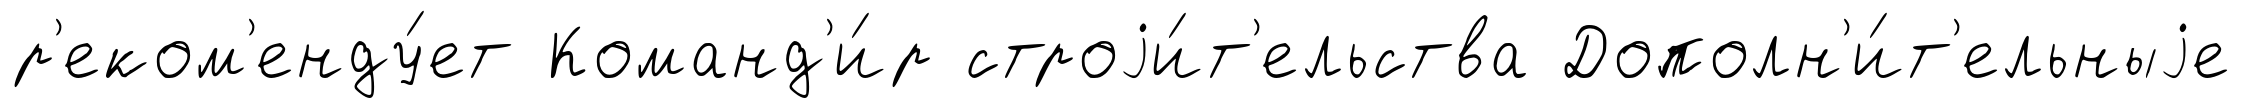
р'еком'енду́ет Команд'и́р строjи́т'ельства Дополн'и́т'ельныjе